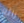
رائع